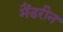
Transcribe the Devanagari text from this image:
मैंडरीन